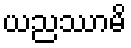
ယညဿာမိ